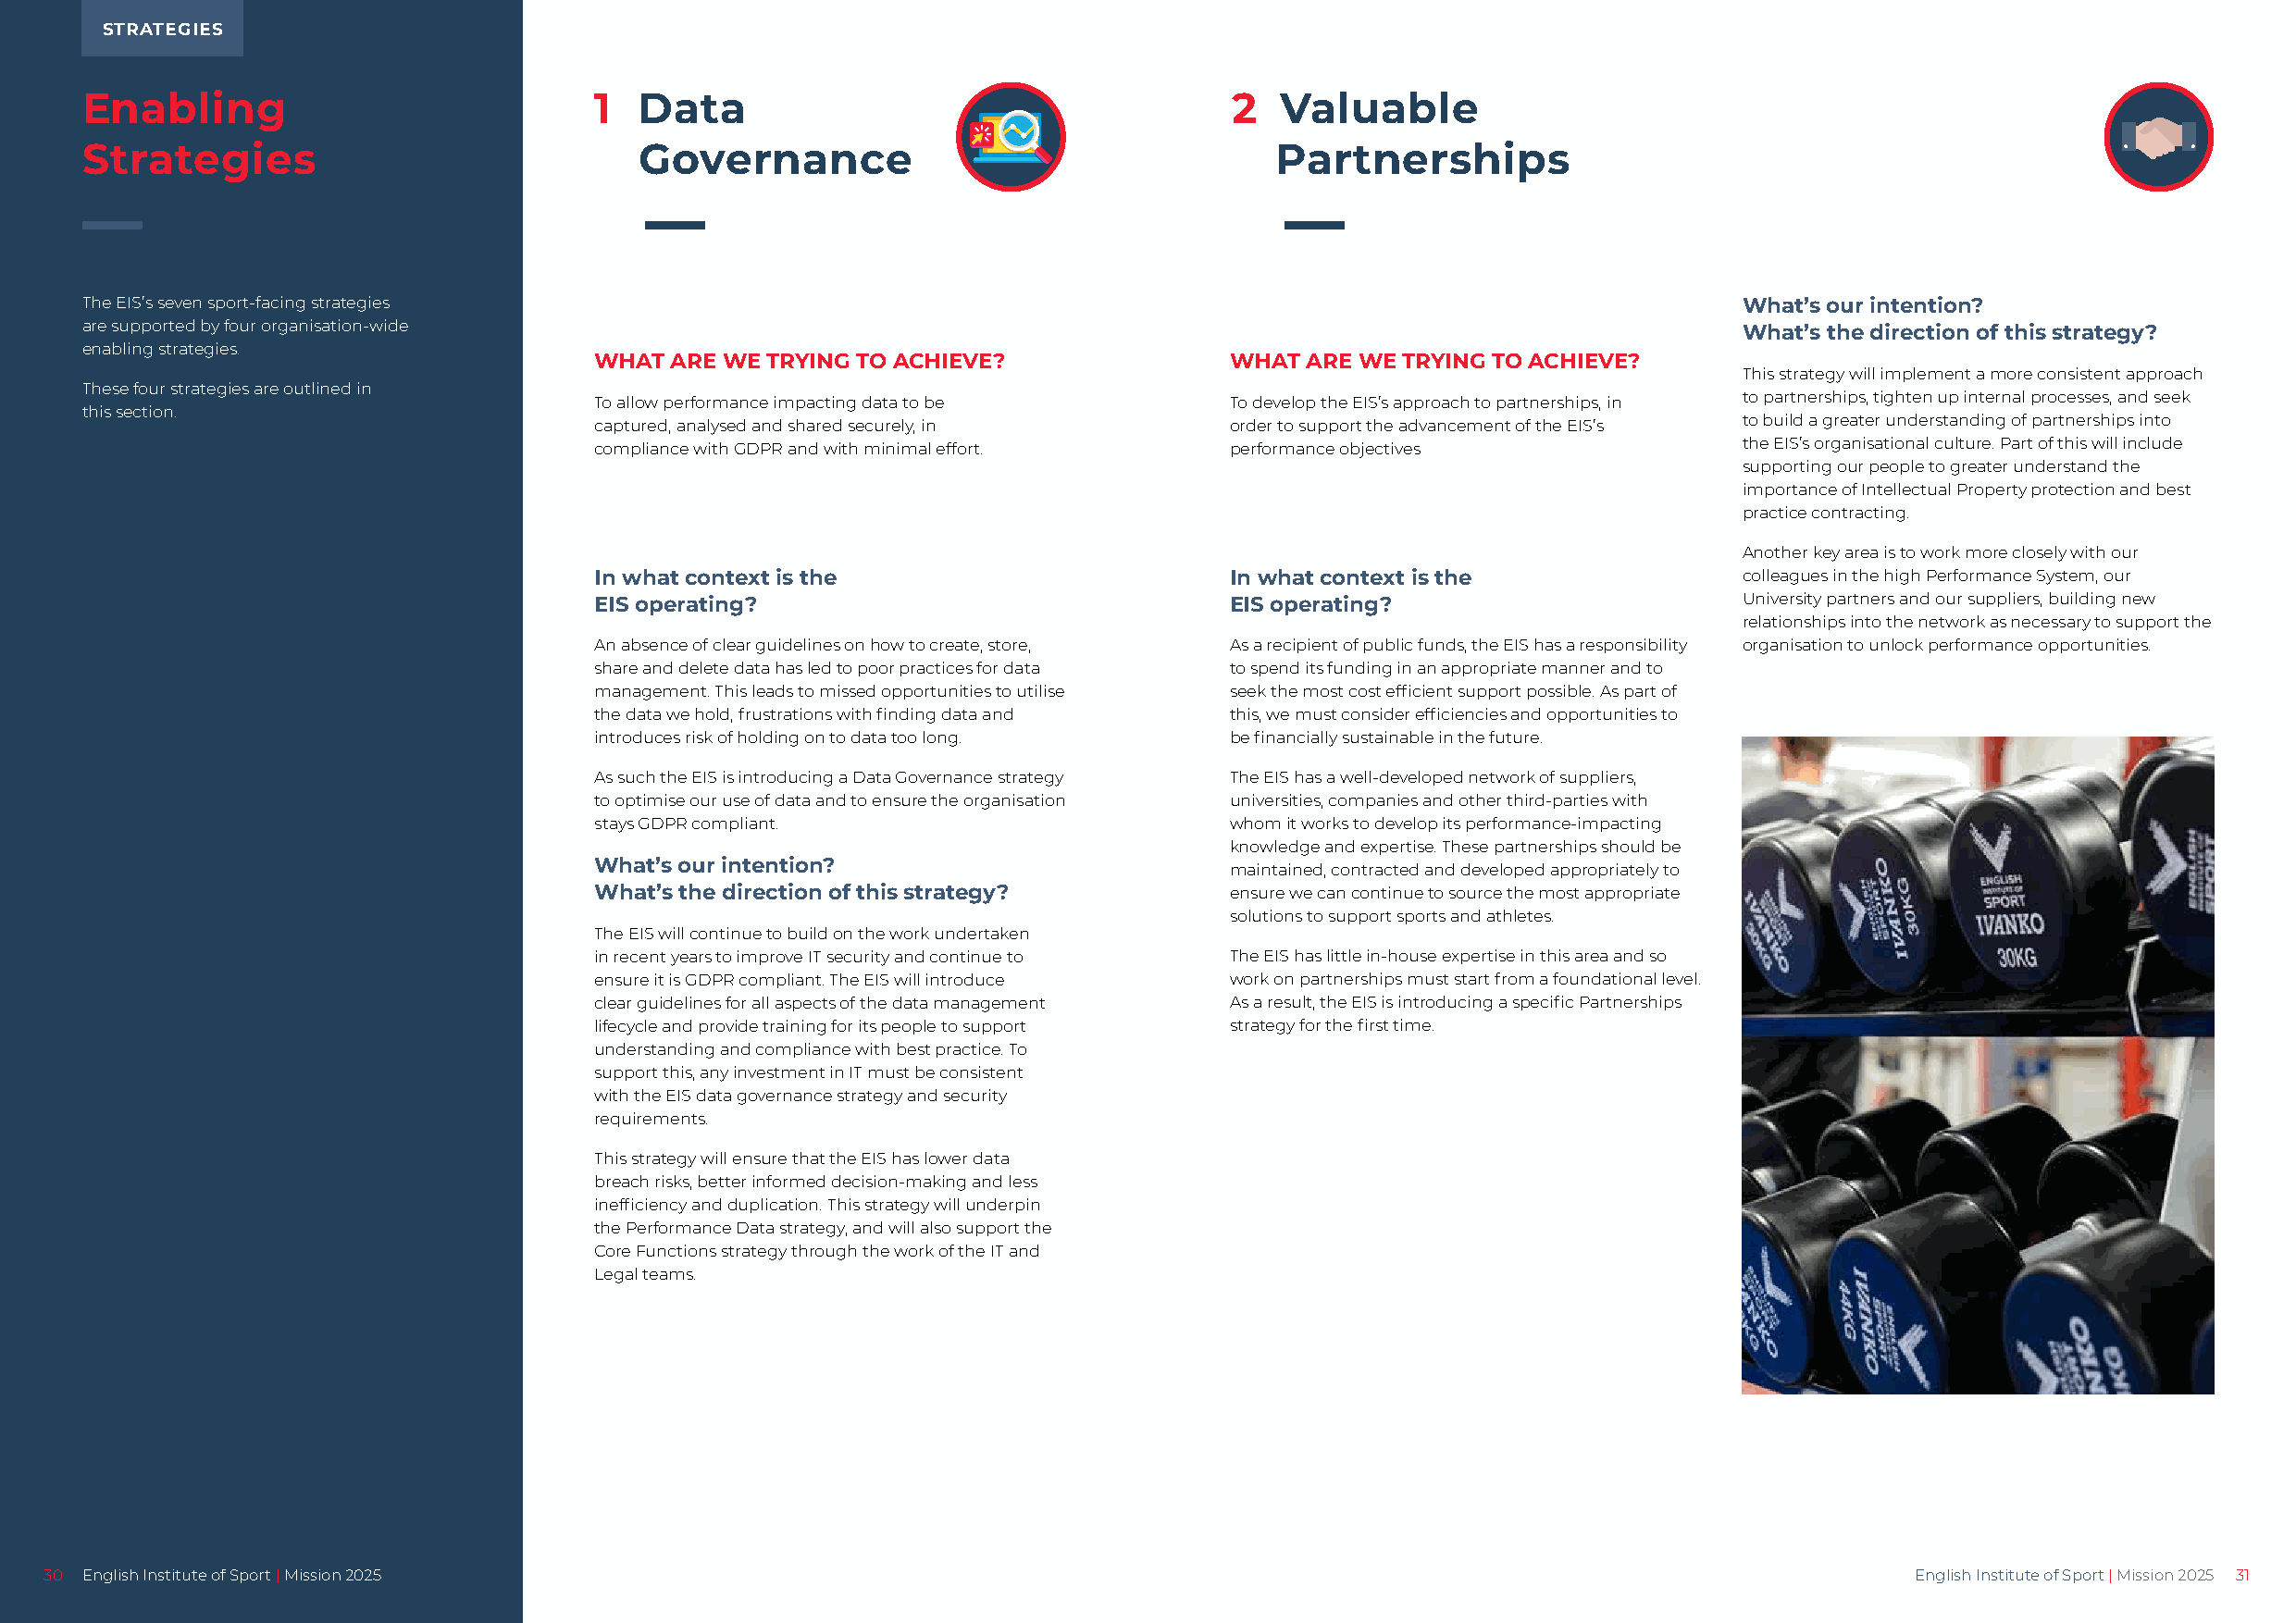
STRATEGIES
 Enabling                             1  Data                                      2   Valuable
 Strategies                              Governance                                   Partnerships
 The EIS’s seven sport-facing strategies                                                                                What’s our intention?
 are supported by four organisation-wide                                                                                What’s the direction of this strategy?
 enabling strategies.
 WHAT ARE WE TRYING TO ACHIEVE?               WHAT ARE WE TRYING TO ACHIEVE?
 This strategy will implement a more consistent approach
 These four strategies are outlined in
 To allow performance impacting data to be    To develop the EIS’s approach to partnerships, in to partnerships, tighten up internal processes, and seek
 this section.
 captured, analysed and shared securely, in   order to support the advancement of the EIS’s to build a greater understanding of partnerships into
 compliance with GDPR and with minimal effort. performance objectives              the EIS’s organisational culture. Part of this will include
 supporting our people to greater understand the
 importance of Intellectual Property protection and best
 practice contracting.
 Another key area is to work more closely with our
 In what context is the                       In what context is the               colleagues in the high Performance System, our
 EIS operating?                               EIS operating?                       University partners and our suppliers, building new
 relationships into the network as necessary to support the
 An absence of clear guidelines on how to create, store, As a recipient of public funds, the EIS has a responsibility organisation to unlock performance opportunities.
 share and delete data has led to poor practices for data to spend its funding in an appropriate manner and to
 management. This leads to missed opportunities to utilise seek the most cost efficient support possible. As part of
 the data we hold, frustrations with finding data and this, we must consider efficiencies and opportunities to
 introduces risk of holding on to data too long. be financially sustainable in the future.
 As such the EIS is introducing a Data Governance strategy The EIS has a well-developed network of suppliers,
 to optimise our use of data and to ensure the organisation universities, companies and other third-parties with
 stays GDPR compliant.                        whom it works to develop its performance-impacting
 knowledge and expertise. These partnerships should be
 What’s our intention?
 maintained, contracted and developed appropriately to
 What’s the direction of this strategy?       ensure we can continue to source the most appropriate
 solutions to support sports and athletes.
 The EIS will continue to build on the work undertaken
 in recent years to improve IT security and continue to The EIS has little in-house expertise in this area and so
 ensure it is GDPR compliant. The EIS will introduce work on partnerships must start from a foundational level.
 clear guidelines for all aspects of the data management As a result, the EIS is introducing a specific Partnerships
 lifecycle and provide training for its people to support strategy for the first time.
 understanding and compliance with best practice. To
 support this, any investment in IT must be consistent
 with the EIS data governance strategy and security
 requirements.
 This strategy will ensure that the EIS has lower data
 breach risks, better informed decision-making and less
 inefficiency and duplication. This strategy will underpin
 the Performance Data strategy, and will also support the
 Core Functions strategy through the work of the IT and
 Legal teams.
 30 English Institute of Sport | Mission 2025                                                                                          English Institute of Sport | Mission 2025 31